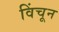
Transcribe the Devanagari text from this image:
विंचून